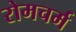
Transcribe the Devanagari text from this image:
रोमचर्म